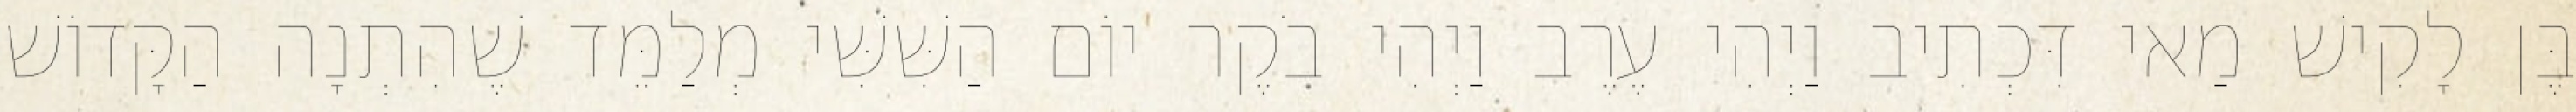
בֶּן לָקִישׁ מַאי דִּכְתִיב וַיְהִי עֶרֶב וַיְהִי בֹקֶר יוֹם הַשִּׁשִּׁי מְלַמֵּד שֶׁהִתְנָה הַקָּדוֹשׁ